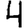
Digit: 4